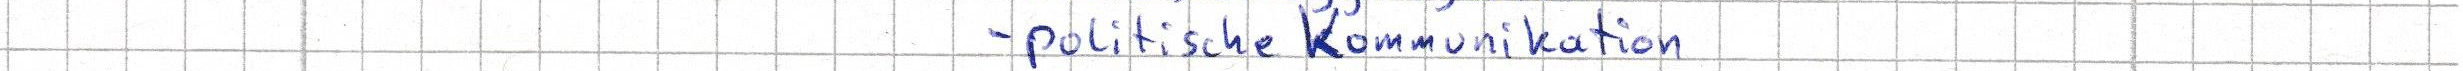
- politische Kommunikation